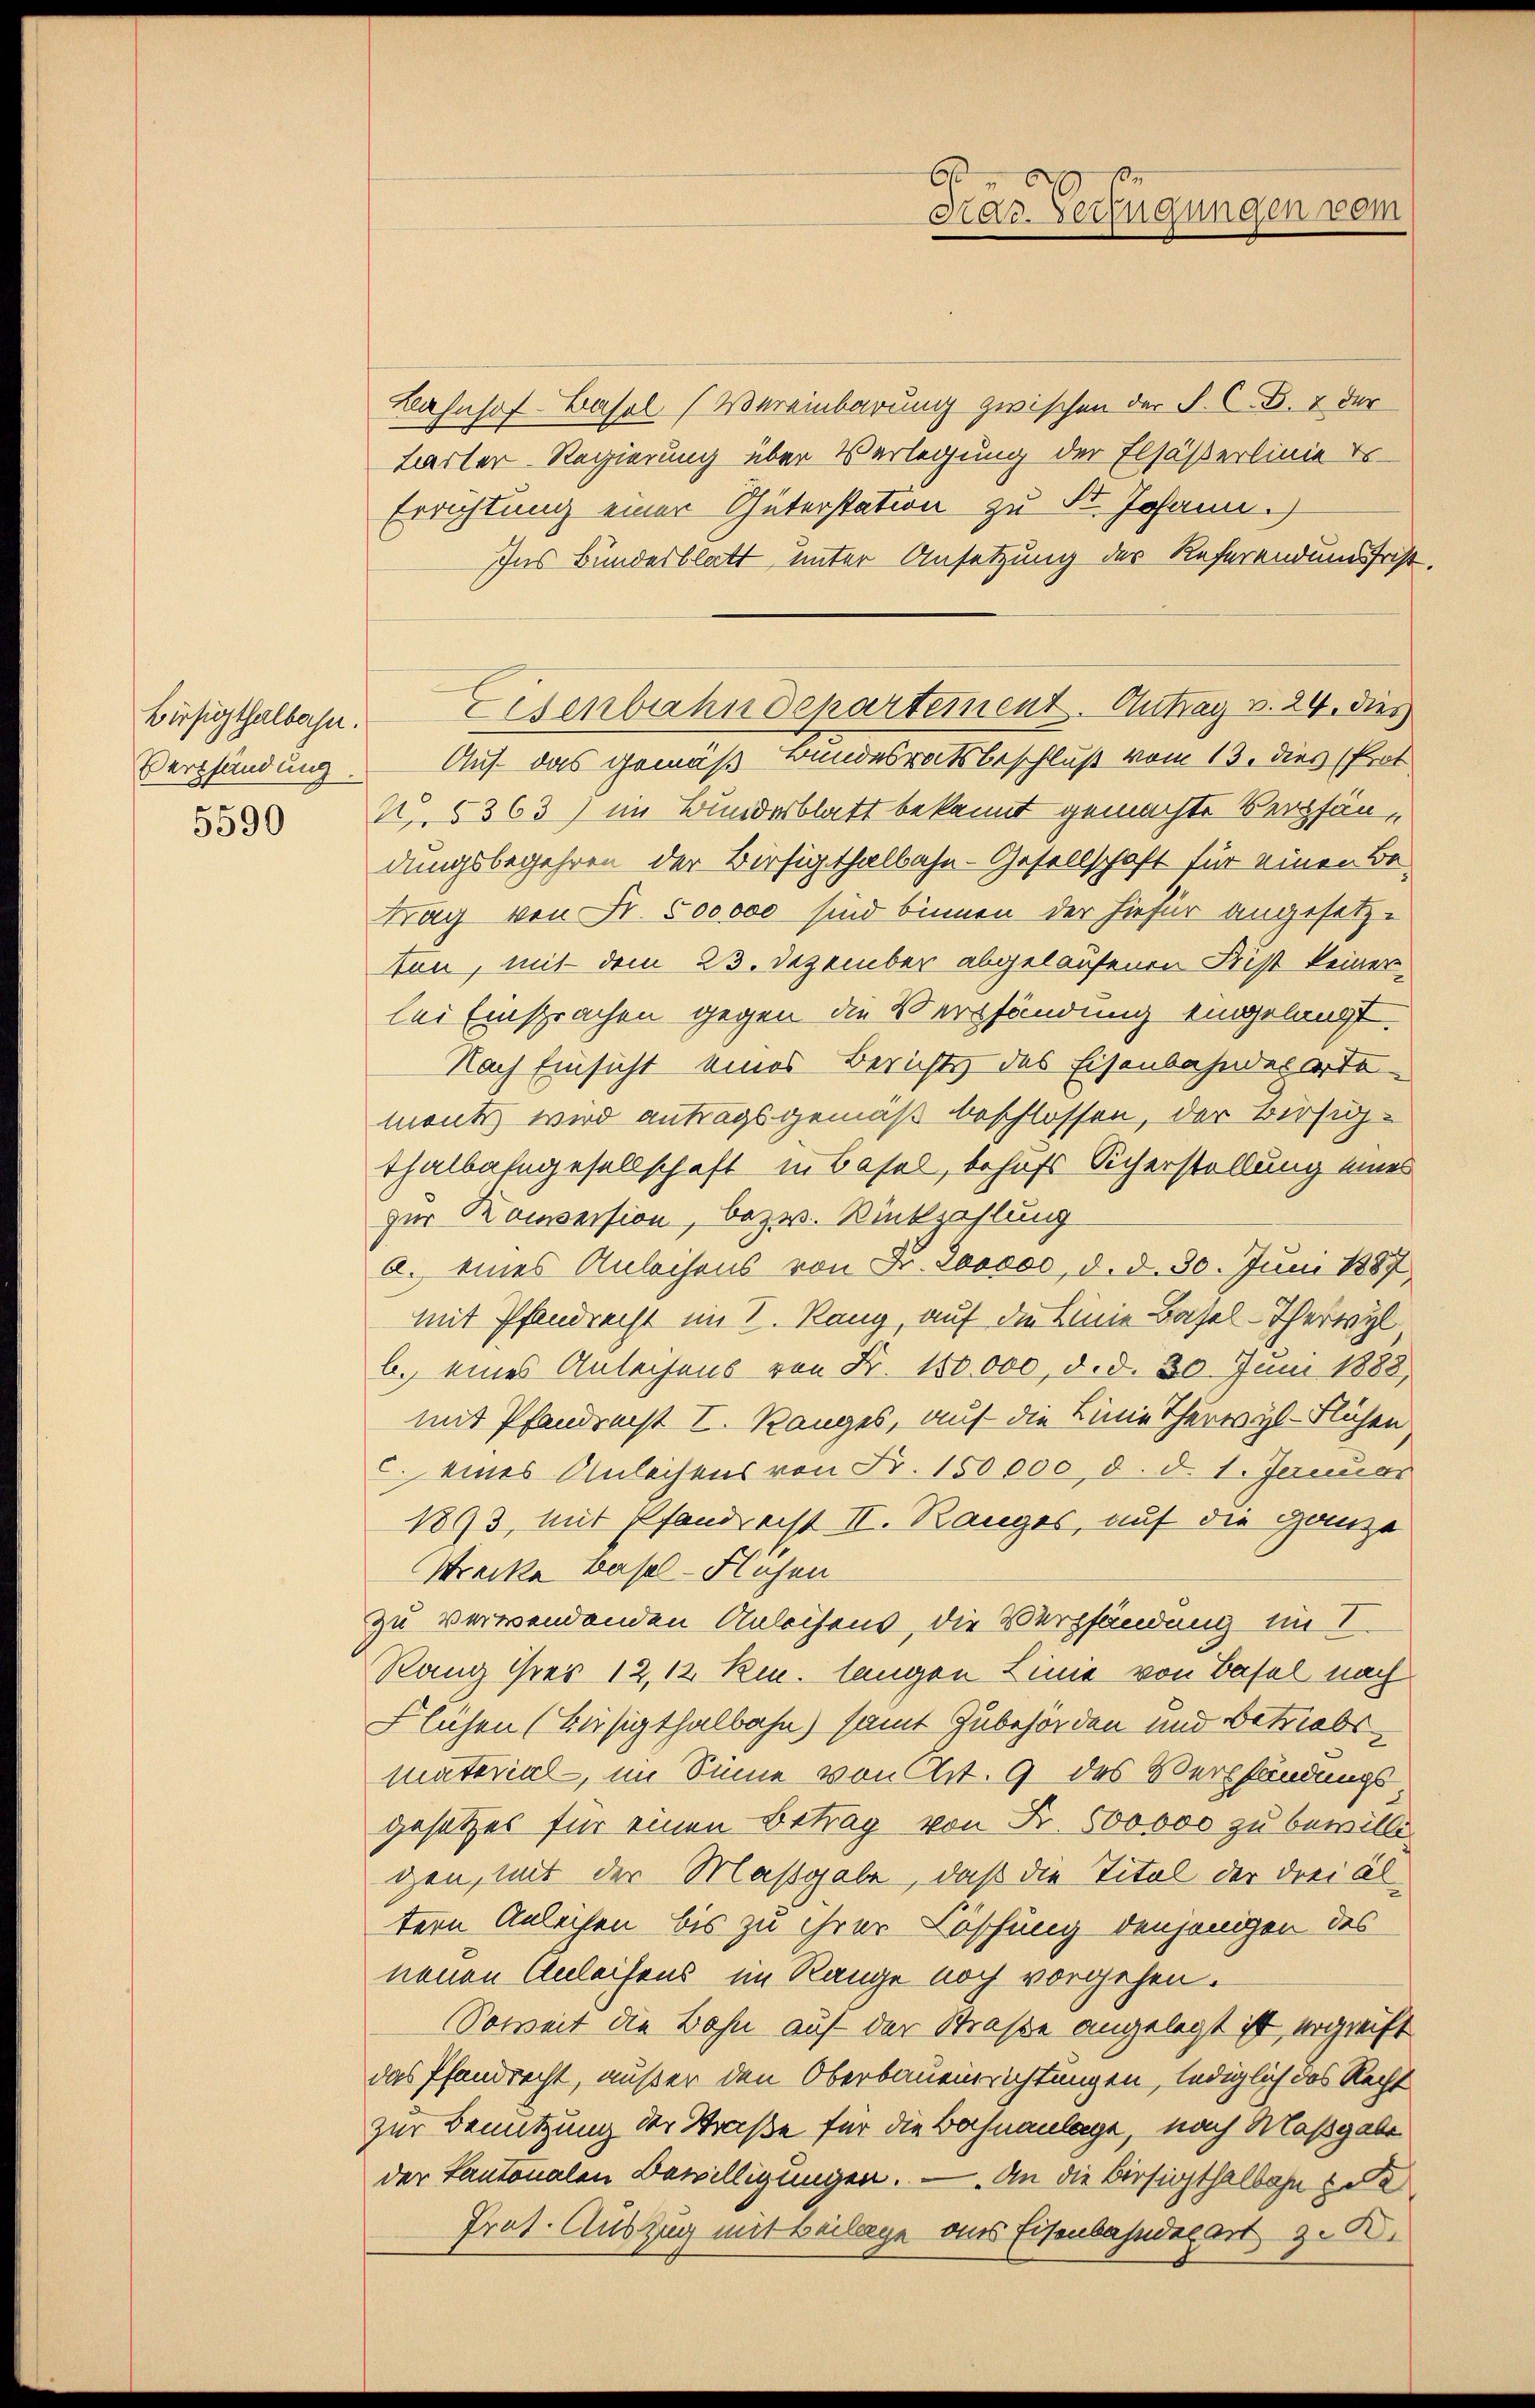
Bürsigthalbahn.
Verpfändung

5590

Bahnhof-Basel (Vereinbarung zwischen der S. C. B. 4 der
Larter-Regierung über Verlegung der Elsässerlinie er-
Errichtung einer Güterstation zu St. Johann.)
Ins Bundesblatt unter Ansetzung des Referend und frist.
Auf das gemäß Bundesratsbeschluß vom 13. dies (Prot
4. 5363) im Bundesblatt bekannt gemachte Verpfändungsbegehren der Birsigthalbahn-Gesellschaft für einen Be-
trag von Fr. 500000 sind binnen der hiefür angesetz-
ton, mit dem 23. Dezember abgelaufenen Bist keiner
lei Einsprachen gegen die Verpfändung eingelangt.
Nach Einsicht eines Berichts des Eisenbahnderarte
mont wird antragsgemäß beschlossen, der Birsigthalbahngesellschaft in Basel, behufs Sicherstellung eines
zur Konsession, bezw. Rückzahlung
a. eines Anleihens von Fr. Sooooo, d. d. 30. Juni 1887
mit Pfandrecht im I. Rang, auf die Linie Basel-Terwyl
b. eines Anleihens von Fr. 180000, d. d. 30. Juni 1888
mit Pfandrecht I. Ranges, auf die Linie Thereyl-Flüchen
c. eines Anleihens von Fr. 150000, d. d. 1. Januar
1893, mit Pfandrecht II. Ranges, auf die ganze
Strecke Basel-Flosen
zu verwendenden Anleihens, die Verpfändung im I.
Rang ihrer 12, 12 Rm. langen Linie von Basel nach
Flühen (Bisigthalbahn) samt Zubehörden und betriebs
material, im Sinne von Art. 9 des Verpfändungsgesetzes für einen Betrag von Fr. 600000 zu bewille,
gen, mit der Maßgabe, daß die Titel der drei Altern Anleihen bis zu ihrer Löschung denjenigen des
neuen Anleisens im Range noch vorgehen.
Soweit die Bahn auf der Straße angelegt ist, ergreift
das Pfandrecht, außer den Oberbaueinrichtungen, lediglich das Recht
zur Benutzung der Straße für die Bahnanlage, nach Maßgabe
der Kantonalen Bewilligungen. — An die Versighthalbahn soll
Prat. Auszug mit Beilage aus Eisenbahnderart z. B.

6
Kar. Verfügungen vom

Eisenbahndepartement. Antrag v. 24. dies